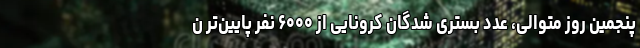
پنجمین روز متوالی، عدد بستری شدگان کرونایی از ۶۰۰۰ نفر پایین‌تر ن